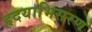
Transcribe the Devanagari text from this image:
हृदयाभिसरण